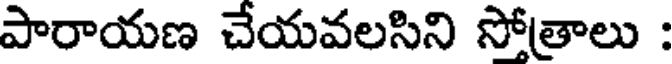
పారాయణ చేయవలసిని సోత్రాలు :